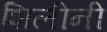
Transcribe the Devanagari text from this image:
शिलीनी